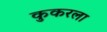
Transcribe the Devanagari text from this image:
कुकरला